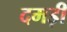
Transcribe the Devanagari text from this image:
दमड़ी